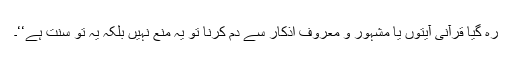
رہ گیا قرآنی آیتوں یا مشہور و معروف اذکار سے دم کرنا تو یہ منع نہیں بلکہ یہ تو سنّت ہے‘‘۔